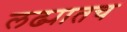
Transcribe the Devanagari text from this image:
लढ्यातच